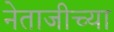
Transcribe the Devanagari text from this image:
नेताजीच्या